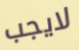
لايجب